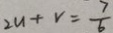
2 u + v = \frac { 7 } { 6 }